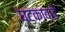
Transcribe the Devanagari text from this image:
घटकाकडे